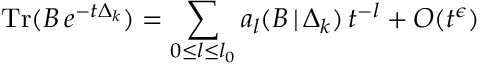
\mathrm { T r } ( B \, e ^ { - t \Delta _ { k } } ) = \sum _ { 0 { \leq } l { \leq } l _ { 0 } } a _ { l } ( B \, | \, \Delta _ { k } ) \, t ^ { - l } + O ( t ^ { \epsilon } )